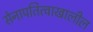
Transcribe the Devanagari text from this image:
सेनापतित्वाखालील